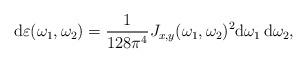
LaTeX: \begin{align*} \mathrm{d}\varepsilon(\omega_1,\omega_2) = \frac{1}{128 \pi^4} J_{x,y}(\omega_1,\omega_2)^2 \mathrm{d}\omega_1 \, \mathrm{d}\omega_2,\end{align*}